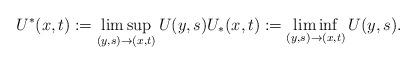
LaTeX: \begin{align*}U^*(x,t) := \limsup_{(y,s) \to (x,t)} U(y,s) U_*(x,t) := \liminf_{(y,s) \to (x,t)} U(y,s).\end{align*}